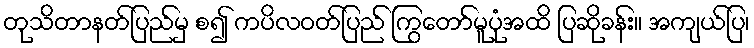
တုသိတာနတ်ပြည်မှ စ၍ ကပိလဝတ်ပြည် ကြွတော်မူပုံအထိ ပြဆိုခန်း။ အကျယ်ပြ၊